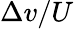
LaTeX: \Delta v/U